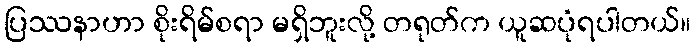
ပြဿနာဟာ စိုးရိမ်စရာ မရှိဘူးလို့ တရုတ်က ယူဆပုံရပါတယ်။